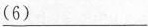
\underline{ （6）}___